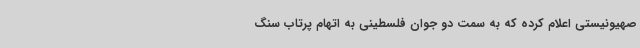
صهیونیستی اعلام کرده که به سمت دو جوان فلسطینی به اتهام پرتاب سنگ